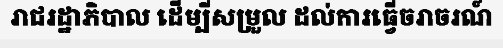
រាជរដ្ឋាភិបាល ដើម្បីសម្រួល ដល់ការធ្វើចរាចរណ៍